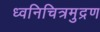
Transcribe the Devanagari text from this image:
ध्वनिचित्रमुद्रण